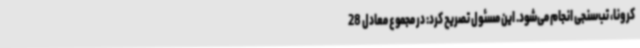
کرونا، تب‌سنجی انجام می‌شود. این مسئول تصریح کرد: در مجموع معادل 28